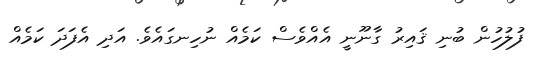
ފުލުހުން ބުނި ޤައިރު ގާނޫނީ އެއްވެސް ކަމެއް ނުހިނގައެވެ. އަދި އެފަދަ ކަމެއް